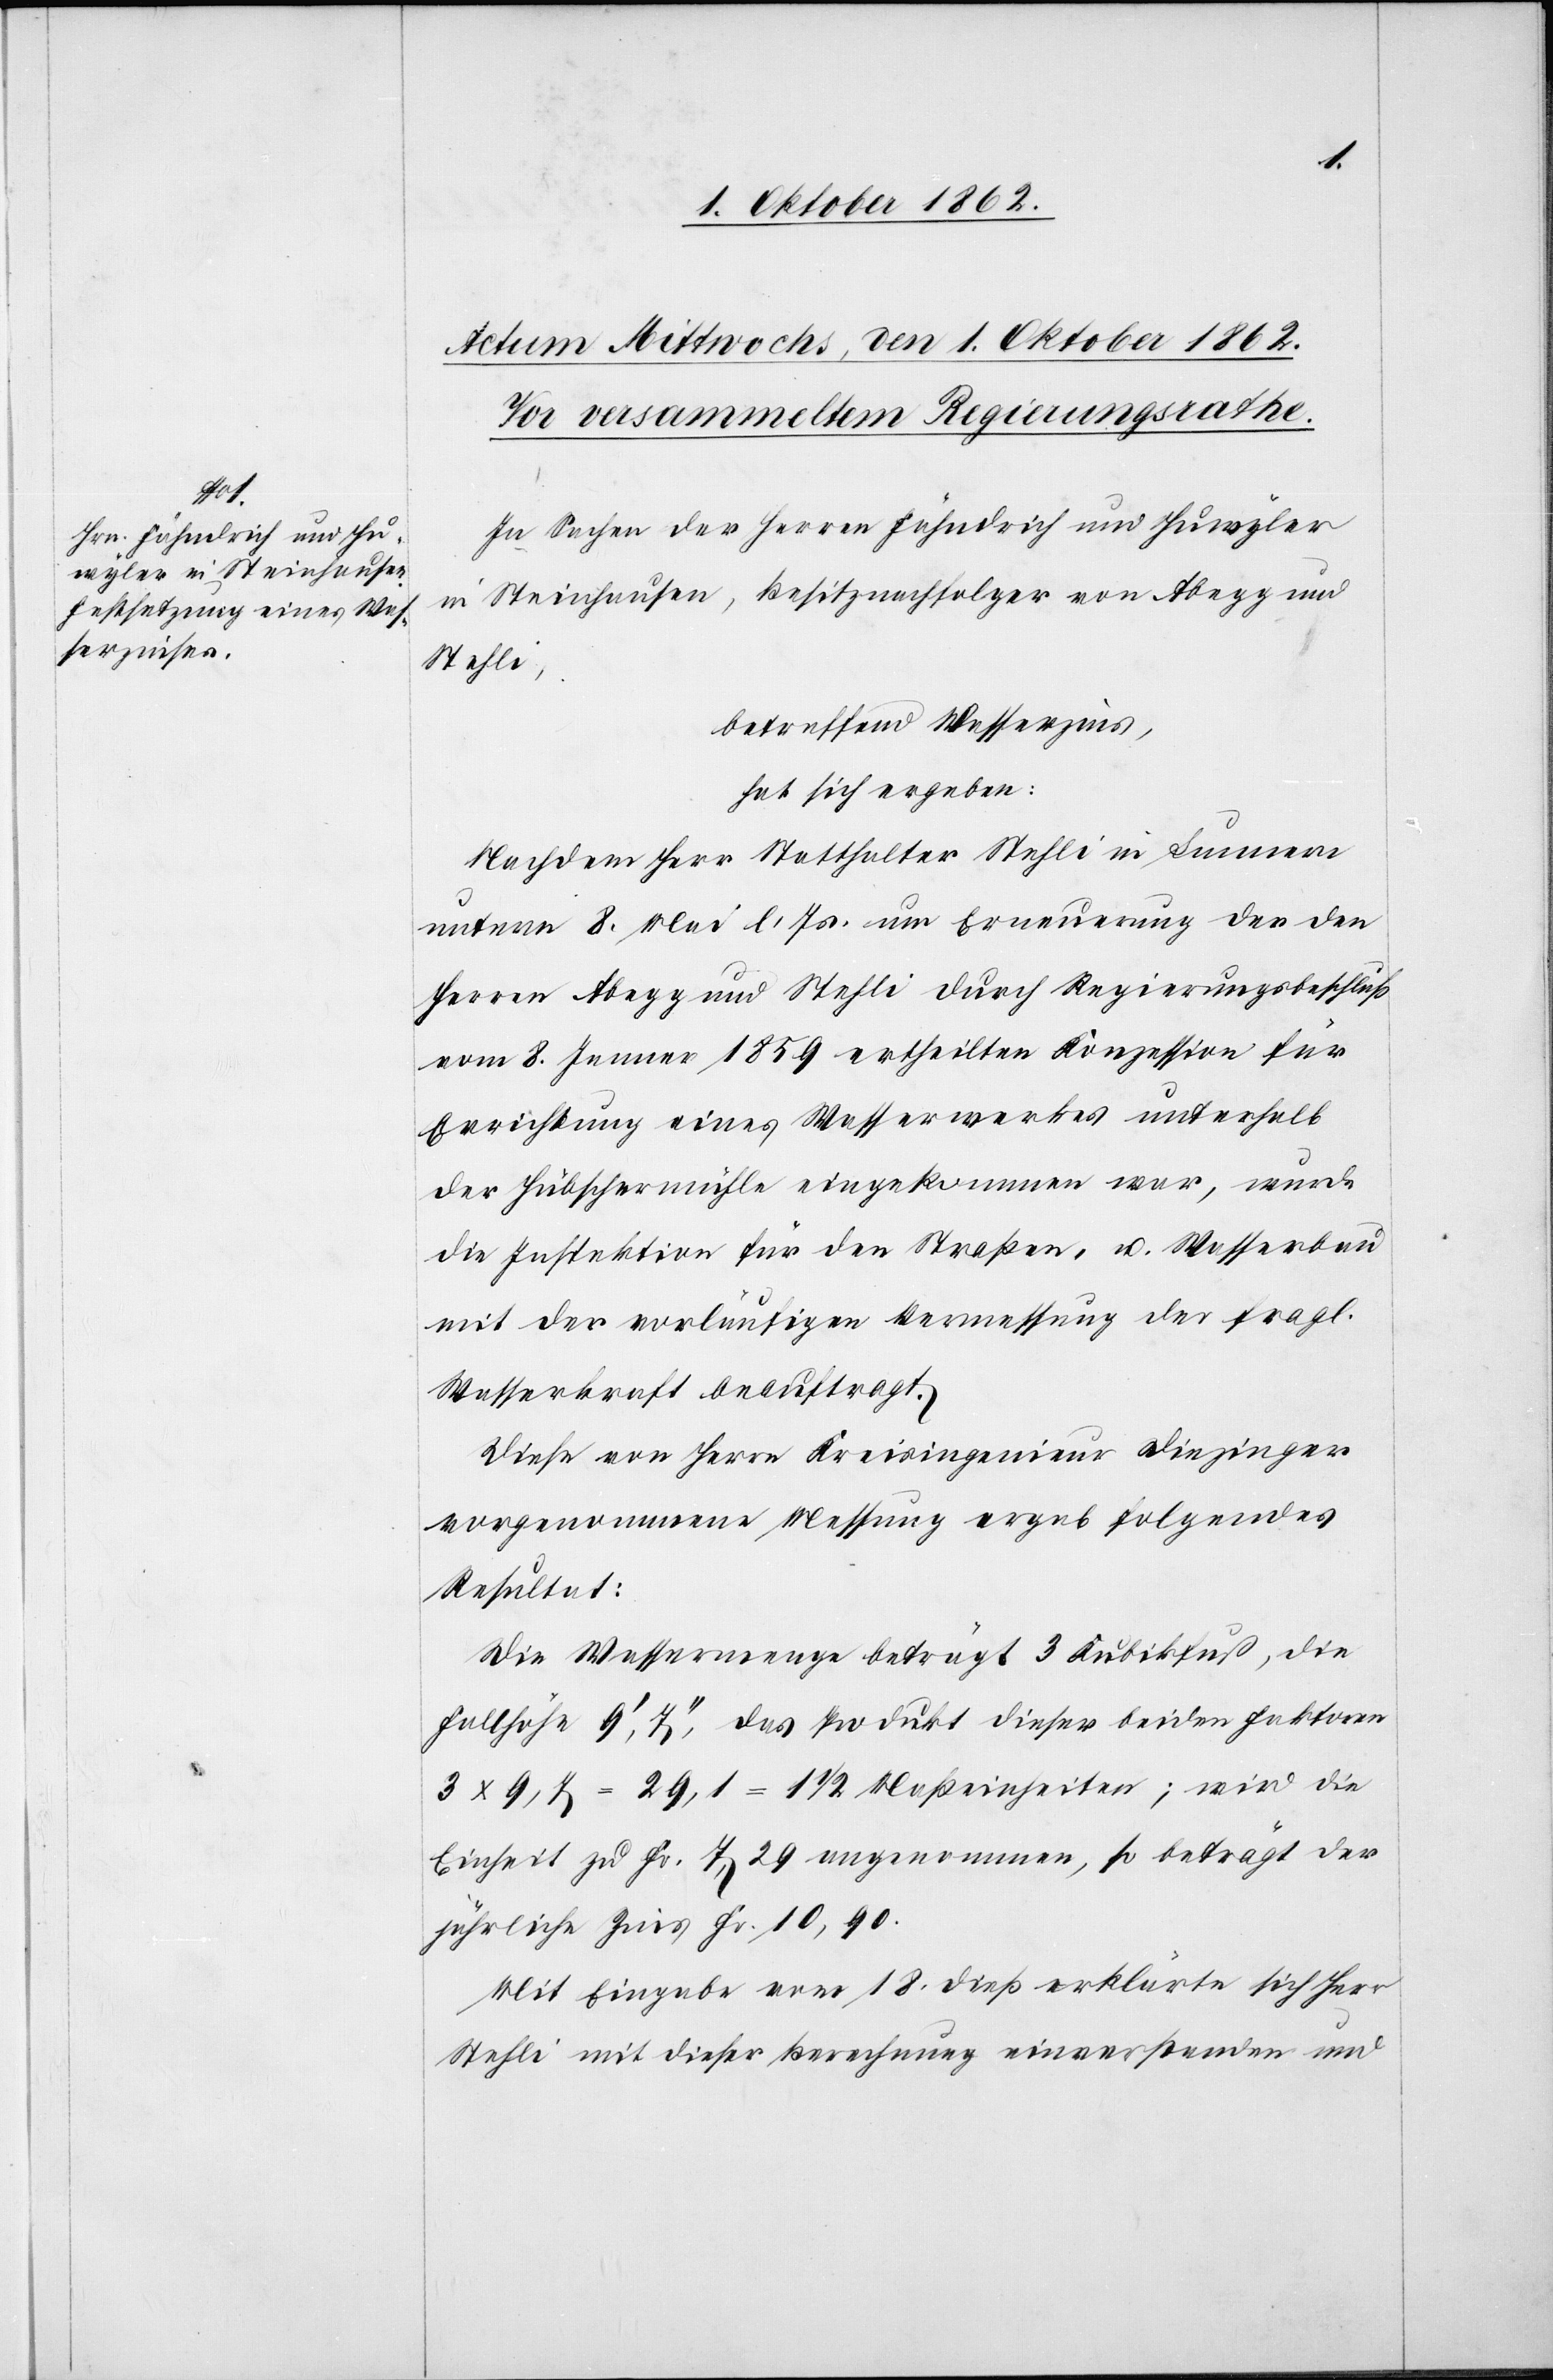
In Sachen der Herren Fähndrich und Huwyler
in Steinhausen, Besitznachfolger von Abegg und
Stehli,
betreffend Wasserzins,
hat sich ergeben:
Nachdem Herr Statthalter Stehli in Sunnere
unterm 8. Mai l. Js. um Erneuerung der den
Herren Abegg und Stehli durch Regierungsbeschluß
vom 8. Jenner 1859 ertheilten Konzession für
Errichtung eines Wasserwerkes unterhalb
der Hubschermühle eingekommen war, würde
die Inspektion für den Straßen- u. Wasserbau
mit der vorläufigen Vermessung der fragl.
Wasserkraft beauftragt.
Diese von Herr Kreisingenieur Diezinger
vorgenommene Messung ergab folgendes
Resultat:
Die Wassermenge beträgt 3 Kubikfuß, die
Fallhöhe 9’,7’’, das Produkt dieser beiden Faktoren
3x9,7=29,1=1 1/2 Meßeinheiten; wird die
Einheit zu Fr. 7,29 angenommen, so beträgt der
jährliche Zins Fr. 10,90.
Mit Eingabe vom 18. dieß erklärte sich Herr
Stehli mit dieser Berechnung einverstanden und